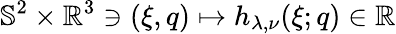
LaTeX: \mathbb{S}^{2}\times\mathbb{R}^{3}\ni(\xi,q)\mapsto h_{\lambda,\nu}(\xi;q)\in\mathbb{R}